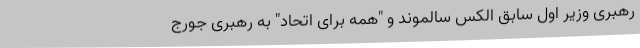
رهبری وزیر اول سابق الکس سالموند و "همه برای اتحاد" به رهبری جورج